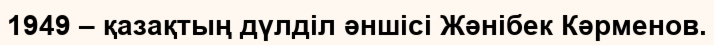
1949 – қазақтың дүлділ әншісі Жәнібек Кәрменов.